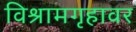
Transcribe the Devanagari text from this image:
विश्रामगृहावर